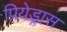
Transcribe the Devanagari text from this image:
पियेड्रास